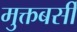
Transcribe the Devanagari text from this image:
मुक्तबर्सी